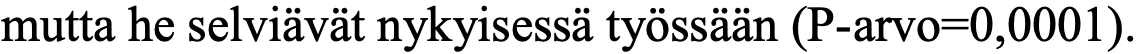
mutta he selviävät nykyisessä työssään (P-arvo=0,0001).